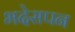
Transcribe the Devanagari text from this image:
भदेसपन